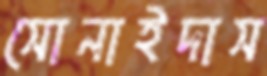
সোনাইদাস